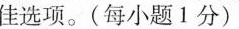
佳选项.(每小题1分)